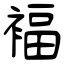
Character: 褔